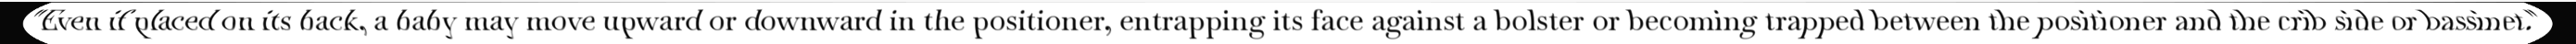
"Even if placed on its back, a baby may move upward or downward in the positioner, entrapping its face against a bolster or becoming trapped between the positioner and the crib side or bassinet."